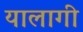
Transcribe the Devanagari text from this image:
यालागी